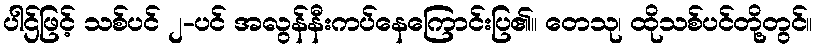
ပါဌ်ဖြင့် သစ်ပင် ၂-ပင် အလွန်နီးကပ်နေကြောင်းပြ၏။ တေသု၊ ထိုသစ်ပင်တို့တွင်။